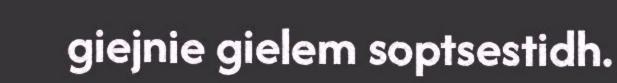
giejnie gielem soptsestidh.